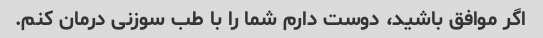
اگر موافق باشید، دوست دارم شما را با طب سوزنی درمان کنم.